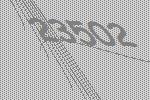
23502